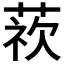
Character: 𮐁